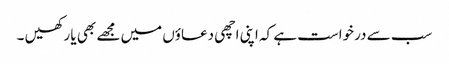
سب سے درخواست ہے کہ اپنی اچھی دعاؤں میں مجھے بھی یا رکھیں ۔